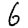
Digit: 6